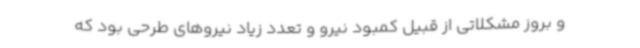
و بروز مشکلاتی از قبیل کمبود نیرو و تعدد زیاد نیروهای طرحی بود که